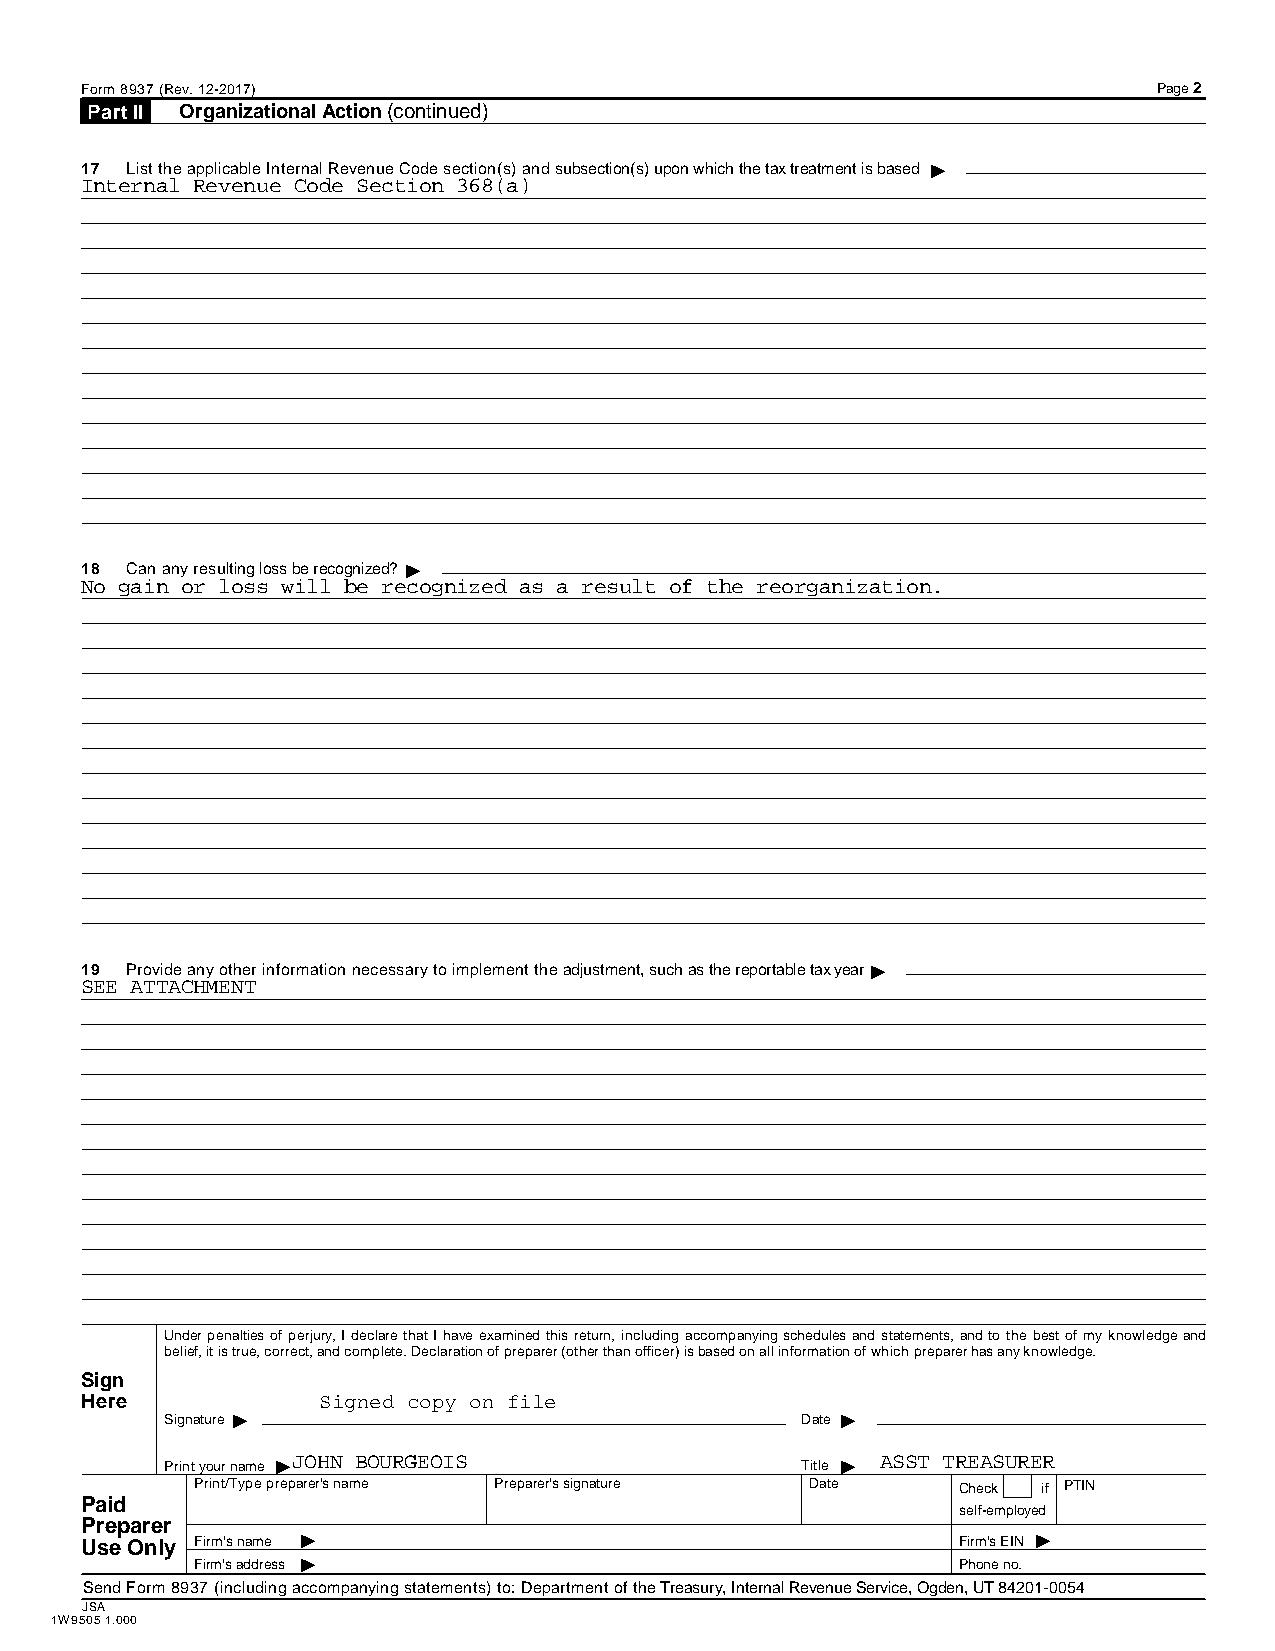
Form 8937 (Rev. 12-2017)                                                Page 2
 Part II Organizational Action(continued)
 I
 17 List the applicable Internal Revenue Code section(s) and subsection(s) upon which the tax treatment is based
 Internal Revenue Code Section 368(a)
 I
 18 Can any resulting loss be recognized?
 No gain or loss will be recognized as a result of the reorganization.
 I
 19 Provide any other information necessary to implement the adjustment, such as the reportable tax year
 SEE ATTACHMENT
 Under penalties of perjury, I declare that I have examined this return, including accompanying schedules and statements, and to the best of my knowledge and
 belief, it is true, correct, and complete. Declaration of preparer (other than officer) is based on all information of which preparer has any knowledge.
 Sign
 Here      I     Signed copy on file                I
 Signature                                 Date
 I                                     I
 JOHN BOURGEOIS                         ASST TREASURER
 Print your name                           Title
 Print/Type preparer's name Preparer's signature Date Check if PTIN
 Paid
 self-employed
 Preparer       I                                                I
 Use Only Firm's name I                                    Firm's EIN
 Firm's address                                    Phone no.
 Send Form 8937 (including accompanying statements) to: Department of the Treasury, Internal Revenue Service, Ogden, UT 84201-0054
 JSA
 1W9505 1.000